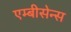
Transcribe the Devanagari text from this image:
एम्बीसेन्स